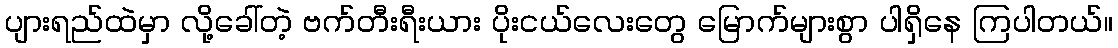
ပျားရည်ထဲမှာ လို့ခေါ်တဲ့ ဗက်တီးရီးယား ပိုးငယ်လေးတွေ မြောက်များစွာ ပါရှိနေ ကြပါတယ်။